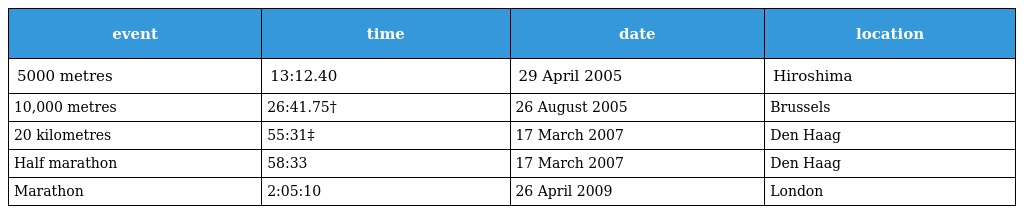
| event | time | date | location |
 | --- | --- | --- | --- |
 | 5000 metres | 13:12.40 | 29 April 2005 | Hiroshima |
 | 10,000 metres | 26:41.75† | 26 August 2005 | Brussels |
 | 20 kilometres | 55:31‡ | 17 March 2007 | Den Haag |
 | Half marathon | 58:33 | 17 March 2007 | Den Haag |
 | Marathon | 2:05:10 | 26 April 2009 | London |